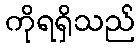
ကိုရရှိသည်